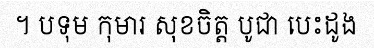
។ បទុម កុមារ សុខចិត្ត បូជា បេះដូង